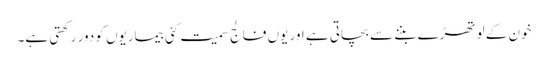
خون کے لوتھڑے بننے سے بچاتی ہے اور یوں فالج سمیت کئی بیماریوں کو دور رکھتی ہے۔